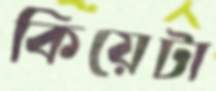
কিয়েটা